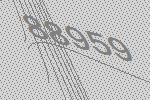
88959